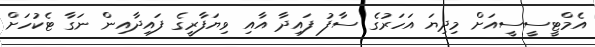
އެމްޓީސީސީއަށް މިދިޔަ އަހަރުގެ ސާފު ފައިދާ އާއި ވިޔަފާރީގެ ފައިދާއިން ނަގާ ޓެކުހަށް